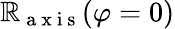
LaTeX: \mathbb{R}_{\mathrm{{~a~x~i~s~}}}(\varphi=0)